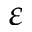
\varepsilon